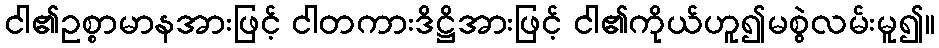
ငါ၏ဥစ္စာမာနအားဖြင့် ငါတကားဒိဋ္ဌိအားဖြင့် ငါ၏ကိုယ်ဟူ၍မစွဲလမ်းမူ၍။